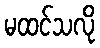
မထင်သလို